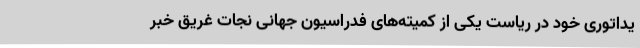
یداتوری خود در ریاست یکی از کمیته‌های فدراسیون جهانی نجات غریق خبر